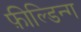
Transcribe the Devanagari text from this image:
फ़ील्डिन्ग